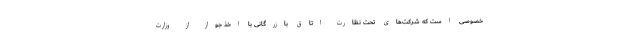
خصوصی است که شرکت‌های تحت نظارت اتاق بازرگانی با اخذ جواز از وزارت